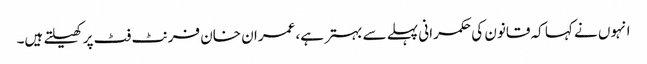
انہوں نے کہا کہ قانون کی حکمرانی پہلے سے بہتر ہے، عمران خان فرنٹ فٹ پر کھیلتے ہیں۔